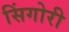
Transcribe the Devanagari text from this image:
सिंगोरी